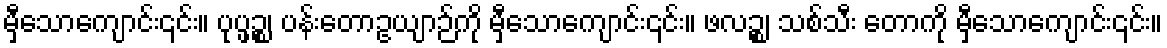
မှီသောကျောင်း၎င်း။ ပုပ္ဖဉ္စ၊ ပန်းတောဥယျာဉ်ကို မှီသောကျောင်း၎င်း။ ဖလဉ္စ၊ သစ်သီး တောကို မှီသောကျောင်း၎င်း။